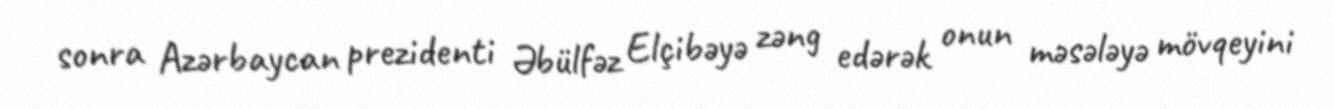
sonra Azərbaycan prezidenti Əbülfəz Elçibəyə zəng edərək onun məsələyə mövqeyini